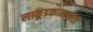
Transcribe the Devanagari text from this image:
लाकूडकामासाठी